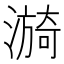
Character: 𬉀